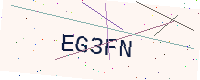
Text: EG3FN